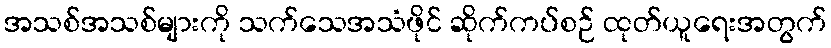
အသစ်အသစ်များကို သက်သေအသံဖိုင် ဆိုက်ကပ်စဉ် ထုတ်ယူရေးအတွက်